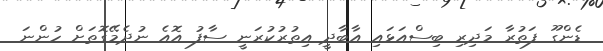
ޑެންގޫ ފަތުރާ މަދިރި ބިސްއަޅައި އާބާދީ އިތުރުކުރަނީ ސާފު އޮއެ ނުދެމޭގޮތަށް ހުންނަ